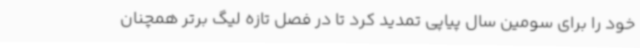
خود را برای سومین سال پیاپی تمدید کرد تا در فصل تازه لیگ برتر همچنان